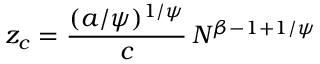
z _ { c } = \frac { ( a / \psi ) ^ { 1 / \psi } } { c } \, N ^ { \beta - 1 + 1 / \psi }